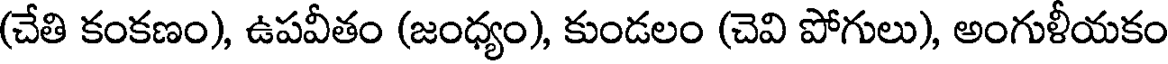
(చేతి కంకణం), ఉపవీతం (జంధ్యం), కుండలం (చెవి పోగులు), అంగుళీయకం